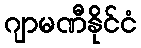
ဂျာမဏီနိုင်ငံ